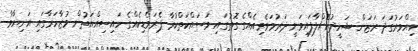
ހިއްވަރުގަދަ ރަޒަން ޝަހީދުކޮށްލާފައިވަނީ ދަރުމަވެރިއެއްގެ ގޮތުގައި މަސައްކަތްކުރާ ޕެރަމެޑިކެއްގެ ހައިސިއްޔަތުން މުޒާހަރާގައި އަނިޔާވާ